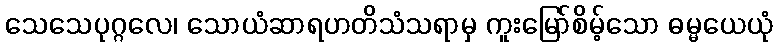
သေသေပုဂ္ဂလေ၊ သောယံဆာရဟတိသံသရာမှ ကူးမြော်စိမ့်သော ဓမ္မယေယုံ